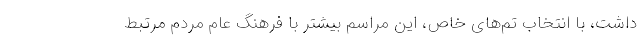
داشت، با انتخاب تم‌های خاص، این مراسم بیشتر با فرهنگ عام مردم مرتبط